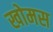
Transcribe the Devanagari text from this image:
खोमस